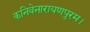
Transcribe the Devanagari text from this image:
कनिवेनारायणपुरम।